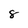
Character: 8